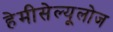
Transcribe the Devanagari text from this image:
हेमीसेल्यूलोज